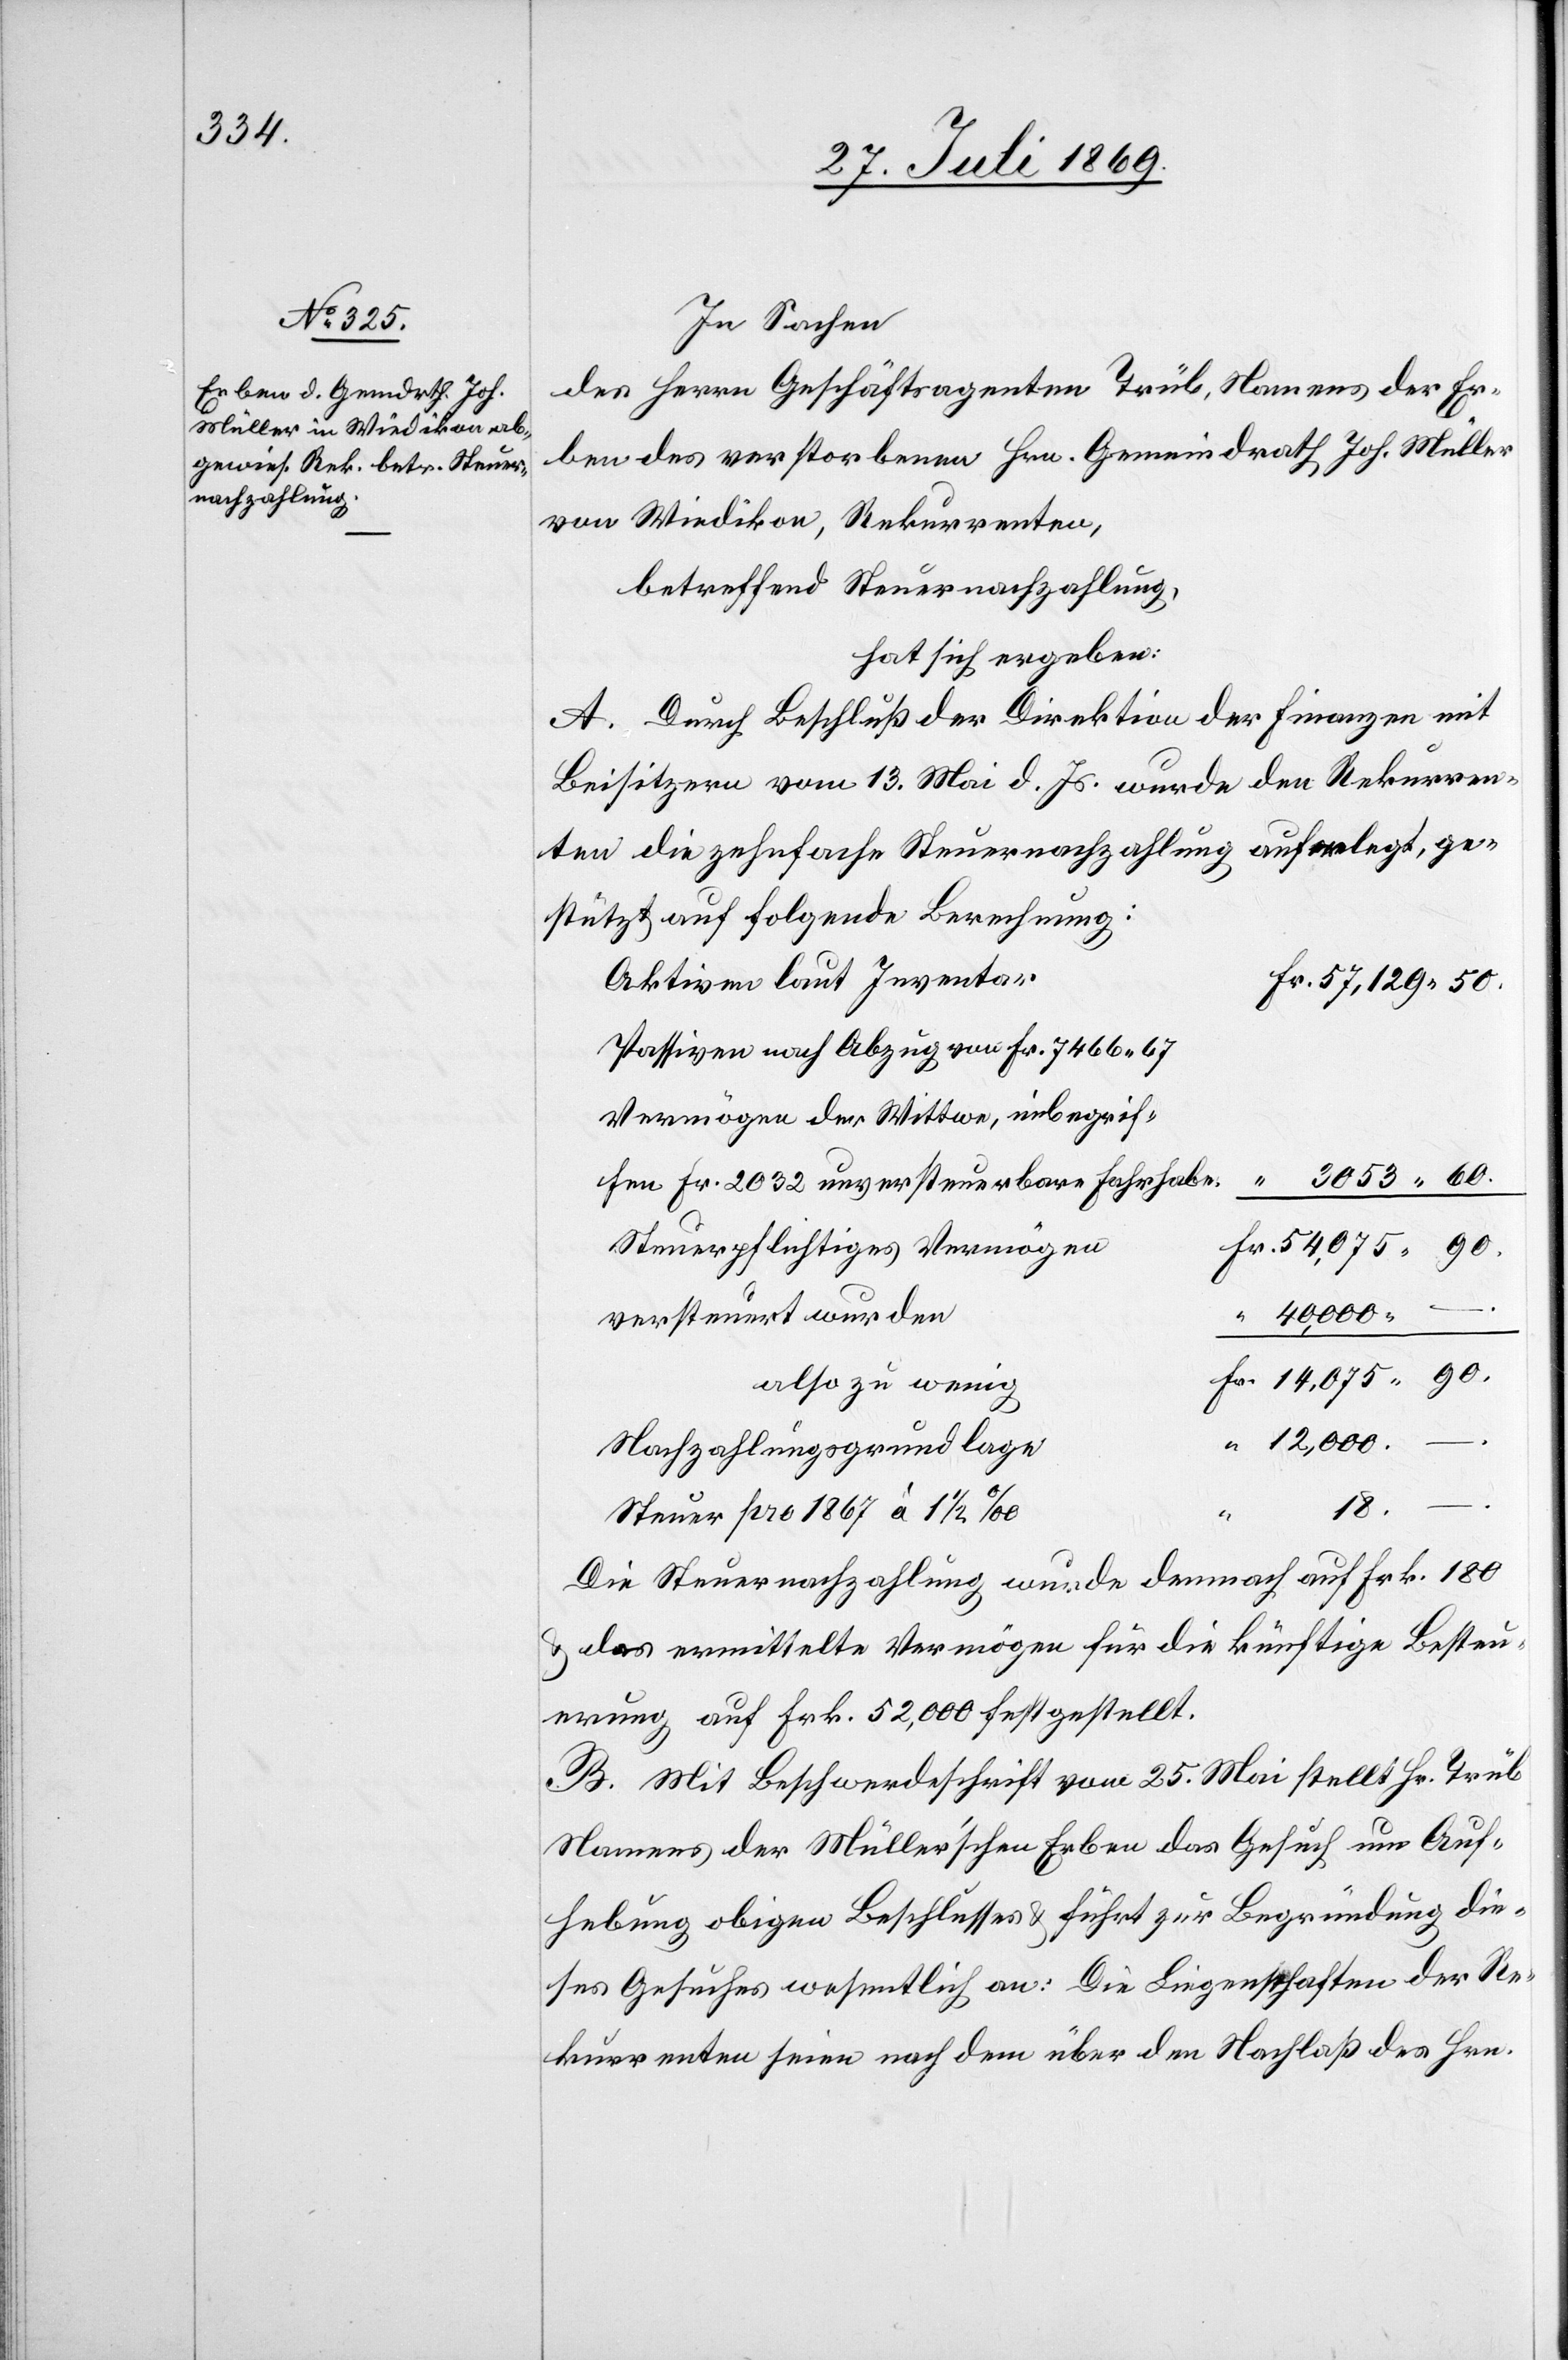
In Sachen
des Herrn Geschäftsagenten Trüb, Namens der Er¬
ben des verstorbenen Hrn. Gemeindrath Joh. Müller
von Wiedikon, Rekurrenten,
betreffend Steuernachzahlung,
hat sich ergeben:
A. Durch Beschluß der Direktion der Finanzen mit
Beisitzern vom 13. Mai d. Js. wurde den Rekurren¬
ten die zehnfache Steuernachzahlung auferlegt, ge¬
stützt auf folgende Berechnung:
Aktiven laut Inventar
Passiven nach Abzug von Fr. 7466.67
Vermögen der Wittwe, inbegrif¬
fen Fr. 2032 unversteuerbare Fahrhabe
Steuerpflichtiges Vermögen
“
40,000.
versteuert wurden
also zu wenig
12,000.
Nachzahlungsgrundlage
“
18.
Steuer pro 1867 à 1 1/2‰
–.
Die Steuernachzahlung wurde dennoch auf Frk. 180
u. das ermittelte Vermögen für die künftige Besteu¬
erung auf Frk. 52,000 festgestellt.
B. Mit Beschwerdeschrift vom 25. Mai stellt Hr. Trüb
Namens der Müller’schen Erben das Gesuch um Auf¬
hebung obigen Beschlusses u. führt zur Begründung die¬
ses Gesuches wesentlich an: Die Liegenschaften der Re¬
kurrenten seien nach dem über den Nachlaß des Hrn.